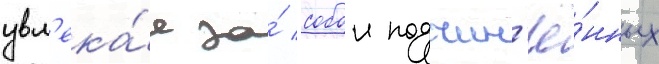
увл'ека́я за́ собои подчин'ё́нных